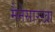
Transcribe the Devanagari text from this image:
मैनेसारखा